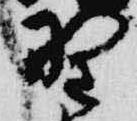
野